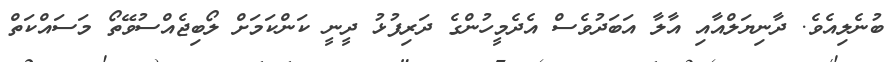
ބުނެލިއެވެ. ދާނިޔަލްއާއި އާލާ އަބަދުވެސް އެދެމީހުންގެ ދަރިފުޅު ދީނީ ކަންކަމަށް ލޯބިޖެއްސުވޭތޯ މަސައްކަތް